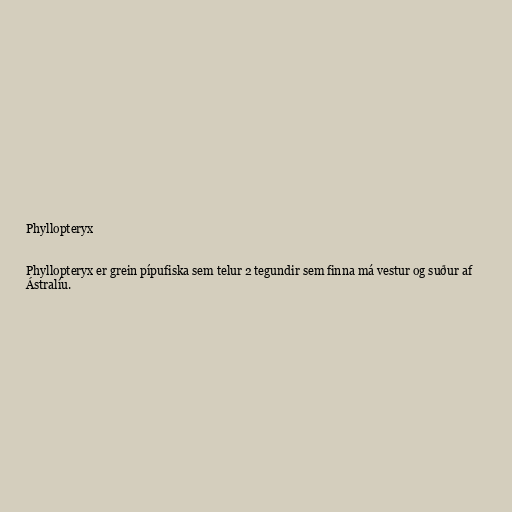
Phyllopteryx

Phyllopteryx er grein pípufiska sem telur 2 tegundir sem finna má vestur og suður af
Ástralíu.